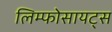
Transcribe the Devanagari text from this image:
लिम्फोसायट्स